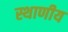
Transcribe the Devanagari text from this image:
स्थाणीय